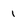
Character: 1